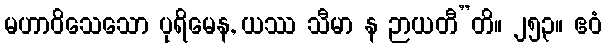
မဟာဝိသေသော ပုရိမေန, ယဿ သီမာ န ဉာယတီ”တိ။ ၂၅၃။ ဧဝံ